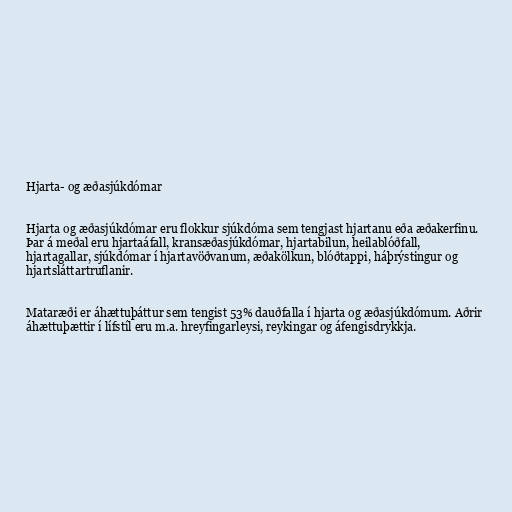
Hjarta- og æðasjúkdómar

Hjarta og æðasjúkdómar eru flokkur sjúkdóma sem tengjast hjartanu eða æðakerfinu.
Þar á meðal eru hjartaáfall, kransæðasjúkdómar, hjartabilun, heilablóðfall,
hjartagallar, sjúkdómar í hjartavöðvanum, æðakölkun, blóðtappi, háþrýstingur og
hjartsláttartruflanir.

Mataræði er áhættuþáttur sem tengist 53% dauðfalla í hjarta og æðasjúkdómum. Aðrir
áhættuþættir í lífstíl eru m.a. hreyfingarleysi, reykingar og áfengisdrykkja.